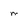
Character: M